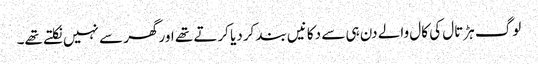
لوگ ہڑتال کی کال والے دن ہی سے دکانیں بند کردیا کرتے تھے اورگھر سے نہیں نکلتے تھے۔